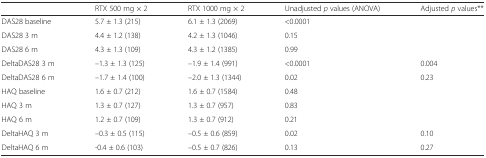
|  | RTX 500 mg × 2 | RTX 1000 mg × 2 | Unadjusted p values (ANOVA) | Adjusted p values** |
 | --- | --- | --- | --- | --- |
 | DAS28 baseline | 5.7 ± 1.3 (215) | 6.1 ± 1.3 (2069) | <0.0001 |  |
 | DAS28 3 m | 4.4 ± 1.2 (138) | 4.2 ± 1.3 (1046) | 0.15 |  |
 | DAS28 6 m | 4.3 ± 1.3 (109) | 4.3 ± 1.2 (1385) | 0.99 |  |
 | DeltaDAS28 3 m | –1.3 ± 1.3 (125) | –1.9 ± 1.4 (991) | <0.0001 | 0.004 |
 | DeltaDAS28 6 m | –1.7 ± 1.4 (100) | –2.0 ± 1.3 (1344) | 0.02 | 0.23 |
 | HAQ baseline | 1.6 ± 0.7 (212) | 1.6 ± 0.7 (1584) | 0.48 |  |
 | HAQ 3 m | 1.3 ± 0.7 (127) | 1.3 ± 0.7 (957) | 0.83 |  |
 | HAQ 6 m | 1.2 ± 0.7 (109) | 1.3 ± 0.7 (912) | 0.21 |  |
 | DeltaHAQ 3 m | –0.3 ± 0.5 (115) | –0.5 ± 0.6 (859) | 0.02 | 0.10 |
 | DeltaHAQ 6 m | -0.4 ± 0.6 (103) | –0.5 ± 0.7 (826) | 0.13 | 0.27 |